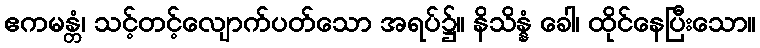
ဧကမန္တံ၊ သင့်တင့်လျောက်ပတ်သော အရပ်၌။ နိသိန္နံ ခေါ၊ ထိုင်နေပြီးသော။